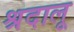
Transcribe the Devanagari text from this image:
श्रदालू